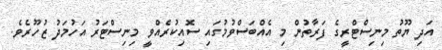
އަދި ޔޫތު މިނިސްޓްރީގެ ފަރާތުން މި އެއްބަސްވުމުގައި ސޮއިކުރެއްވީ މިނިސްޓަރު އަހުމަދު ޒުހޫރެވެ.